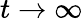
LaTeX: t\rightarrow\infty